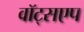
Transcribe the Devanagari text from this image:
वॉट्सएप